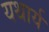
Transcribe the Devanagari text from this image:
यथार्य